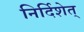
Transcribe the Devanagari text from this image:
निर्दिशेत्